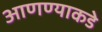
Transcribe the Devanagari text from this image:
आणण्याकडे